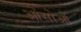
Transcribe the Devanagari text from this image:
आंसोओं